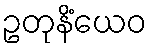
ဥတုနိံယေဝ